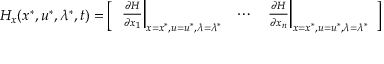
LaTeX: H _ { x } ( x ^ { * } , u ^ { * } , \lambda ^ { * } , t ) = { \left[ \begin{array} { l l l } { \left. { \frac { \partial H } { \partial x _ { 1 } } } \right| _ { x = x ^ { * } , u = u ^ { * } , \lambda = \lambda ^ { * } } } & { \cdots } & { \left. { \frac { \partial H } { \partial x _ { n } } } \right| _ { x = x ^ { * } , u = u ^ { * } , \lambda = \lambda ^ { * } } } \end{array} \right] }